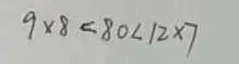
9 \times 8 < 8 0 < 1 2 \times 7